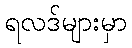
ရလဒ်များမှာ